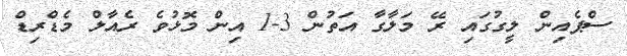
ސްޕެއިން ލީގުގައި ރޭ މަލާގާ އަތުން 3-1 އިން މޮޅުވެ ރެއާލް މެޑްރިޑް